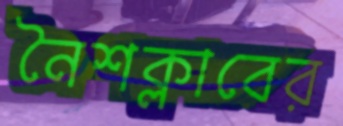
নৈশক্লাবের